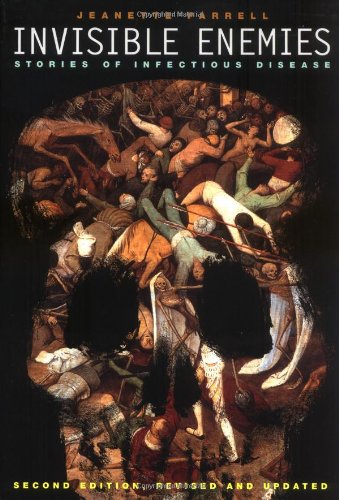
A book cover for Invisible Enemies, Revised Edition: Stories of Infectious Disease; Jeanette Farrell; Teen & Young Adult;